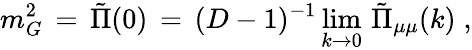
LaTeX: m_{G}^{2}\, =\, {\tilde{\Pi}}(0)\, =\, (D-1)^{-1}\operatorname*{lim}_{k\to 0}\, {\tilde{\Pi}}_{\mu\mu}(k)\; ,